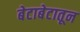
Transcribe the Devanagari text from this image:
बेटाबेटातून